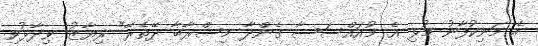
އެ މަނިކުފާނު މުޅި އެ މުއައްސަސާ ގެންދާ މިސްރާބާ ދޭތެރޭ" ރިޔާޒު ވިދާޅުވި